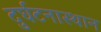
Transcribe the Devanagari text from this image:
दुर्घटनास्थान